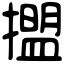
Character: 擝